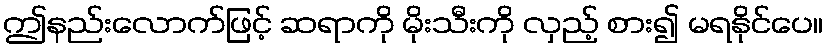
ဤနည်းလောက်ဖြင့် ဆရာကို မိုးသီးကို လှည့် စား၍ မရနိုင်ပေ။